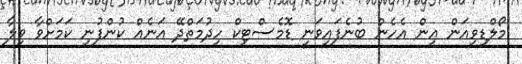
މޯލްޑިވިއަން އިން އެހެން ބުނެފައިވަނީ ޑޮމެސްޓިކް ހިދުމަތްދޭ އަނެއް ކުންފުނި ކަމަށްވާ ވިލާ